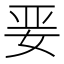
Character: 𱙎